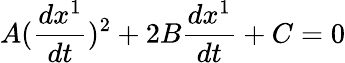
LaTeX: A(\frac{dx^{1}}{dt})^{2}+2B\frac{dx^{1}}{dt}+C=0